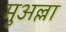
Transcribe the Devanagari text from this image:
मुअल्ला